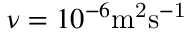
\nu = 1 0 ^ { - 6 } \mathrm { m ^ { 2 } s ^ { - 1 } }